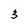
Character: 3